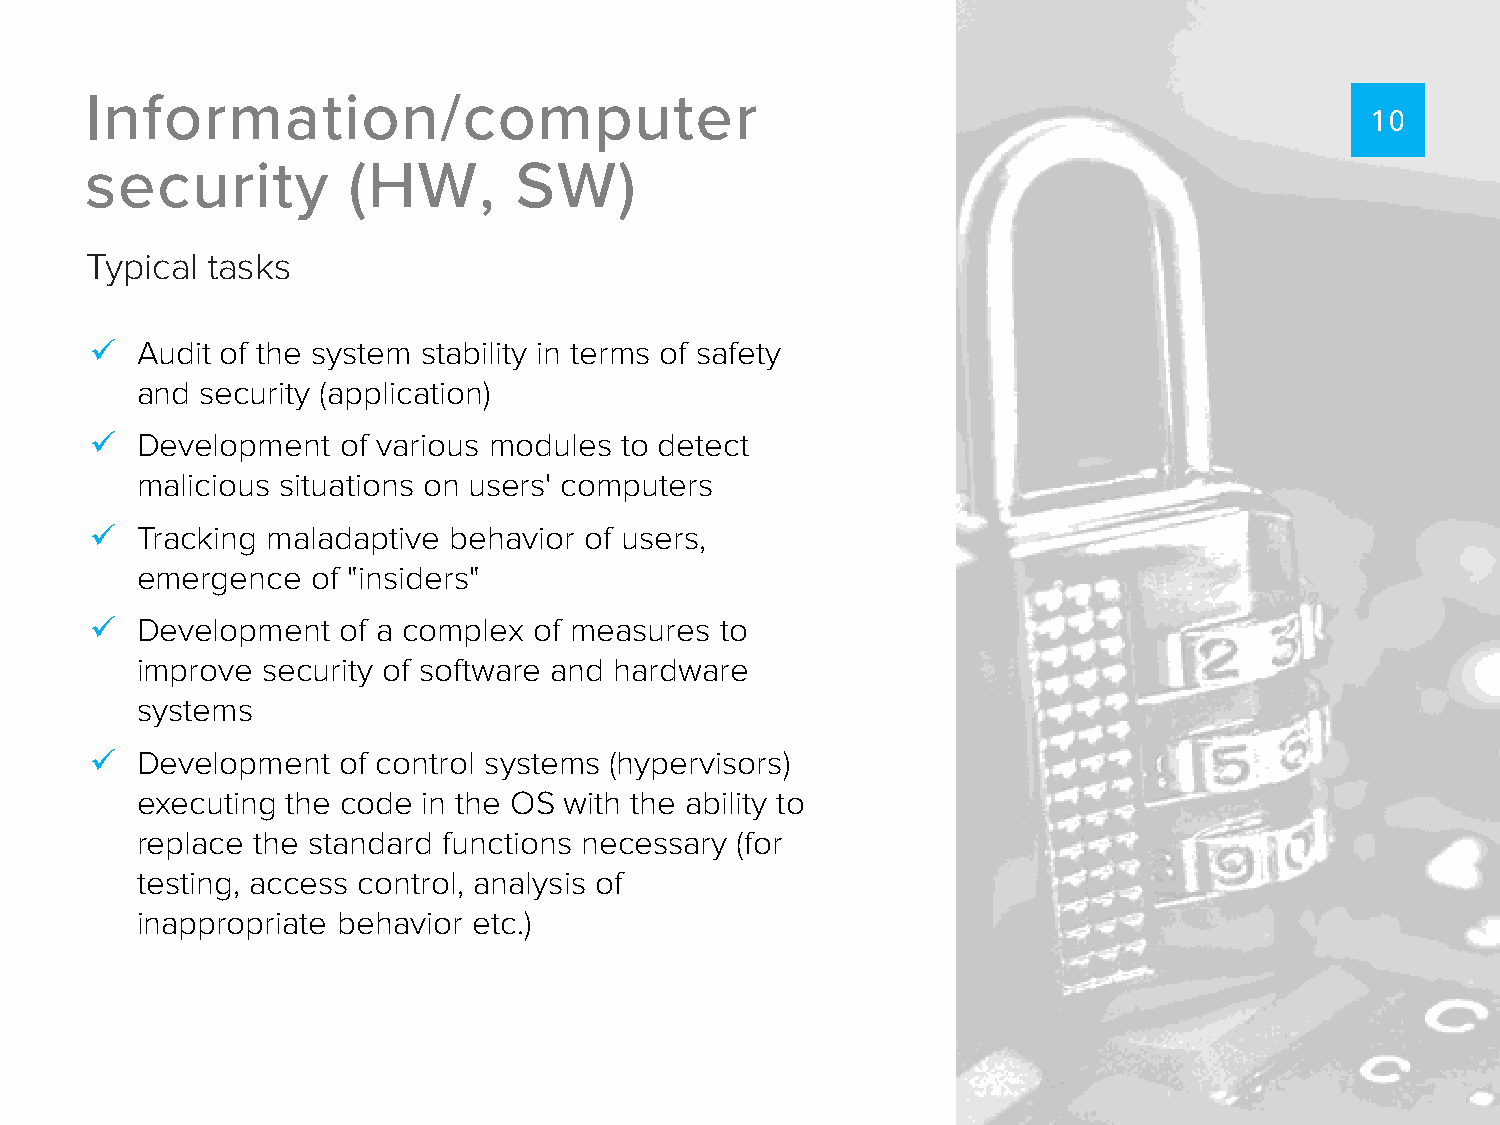
Information/computer
 10
 security         (HW,       SW)
 Typical tasks
   Audit of the system stability in terms of safety
 and security (application)
   Development   of various modules to detect
 malicious situations on users' computers
   Tracking maladaptive behavior of users,
 emergence   of "insiders"
   Development   of a complex of measures to
 improve security of software and hardware
 systems
   Development   of control systems (hypervisors)
 executing the code in the OS with the ability to
 replace the standard functions necessary (for
 testing, access control, analysis of
 inappropriate behavior etc.)